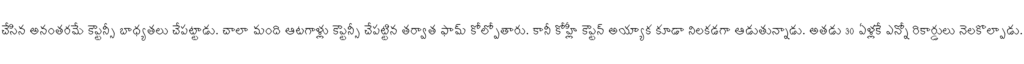
చేసిన అనంతరమే కెప్టెన్సీ బాధ్యతలు చేపట్టాడు. చాలా మంది ఆటగాళ్లు కెప్టెన్సీ చేపట్టిన తర్వాత ఫామ్ కోల్పోతారు. కానీ కోహ్లీ కెప్టెన్ అయ్యాక కూడా నిలకడగా ఆడుతున్నాడు. అతడు 30 ఏళ్లకే ఎన్నో రికార్డులు నెలకొల్పాడు.